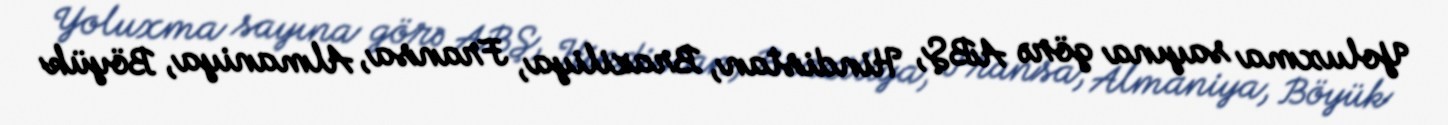
Yoluxma sayına görə ABŞ, Hindistan, Braziliya, Fransa, Almaniya, Böyük